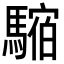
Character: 𩥥